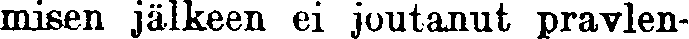
misen jälkeen ei joutanut pravlen-